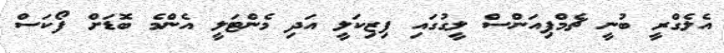
އެލެގްރީ ބުނީ ޗެމްޕިއަންސް ލީގުގައި ފިޒިކަލީ އަދި މެންޓަލީ އެންމެ ބޮޑަށް ފޯކަސް